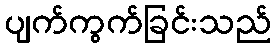
ပျက်ကွက်ခြင်းသည်